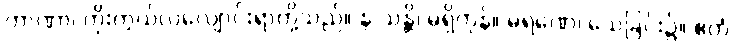
တာဏာ၊ ကိုးကွယ်လဲလျောင်းရာတို့သည်။ န သန္တိ၊ မရှိကုန်။ မရဏေ၊ သေခြင်း၌။ ဧတံ